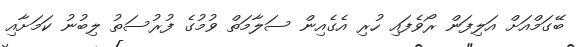
ބޭގަމްއަށް އަލިފަން ރޯވެފައި ހުރި އެގެއިން ސަލާމަތް ވުމުގެ ފުރުސަތު ލިބުނު ކަމަށާއި